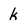
Character: k